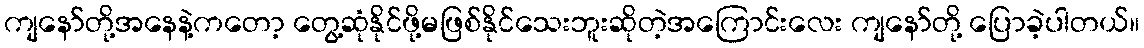
ကျနော်တို့အနေနဲ့ကတော့ တွေ့ဆုံနိုင်ဖို့မဖြစ်နိုင်သေးဘူးဆိုတဲ့အကြောင်းလေး ကျနော်တို့ ပြောခဲ့ပါတယ်။